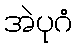
အဲပုဂံ